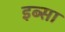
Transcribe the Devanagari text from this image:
इब्‍सा